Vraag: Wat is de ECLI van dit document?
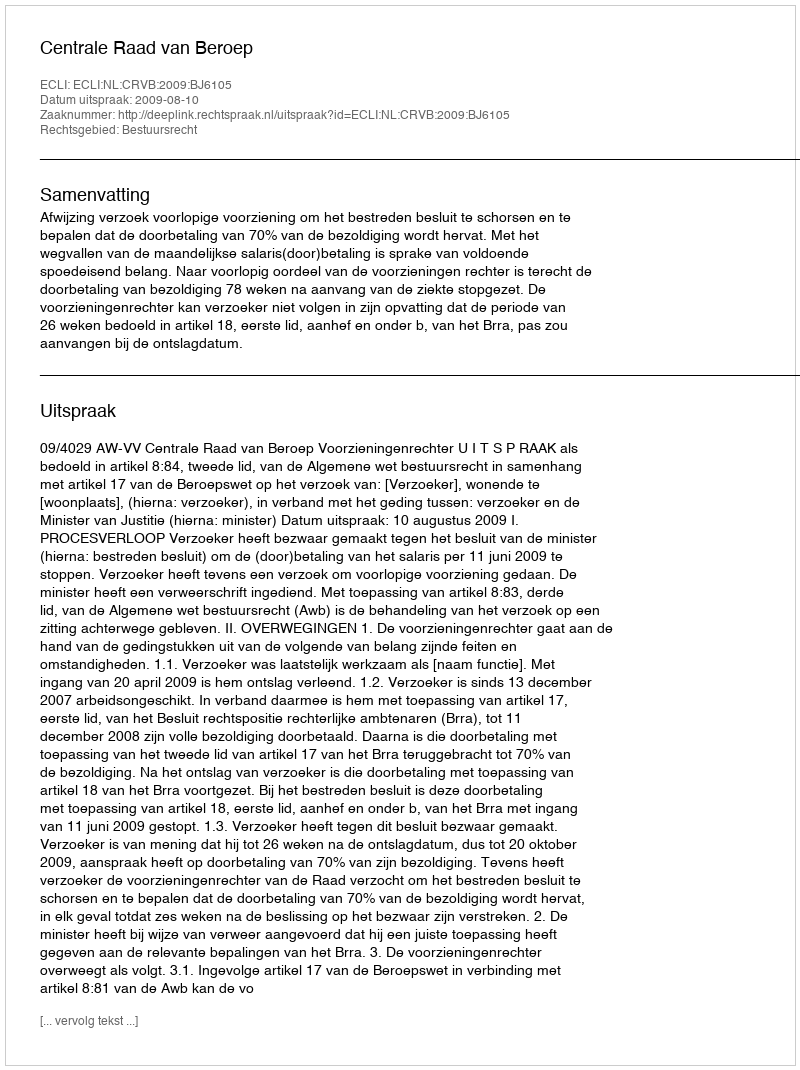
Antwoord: ECLI:NL:CRVB:2009:BJ6105